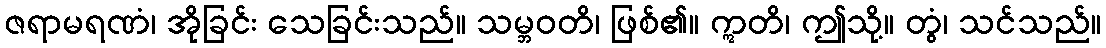
ဇရာမရဏံ၊ အိုခြင်း သေခြင်းသည်။ သမ္ဘဝတိ၊ ဖြစ်၏။ ဣတိ၊ ဤသို့။ တွံ၊ သင်သည်။